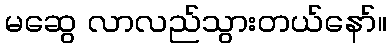
မဆွေ လာလည်သွားတယ်နော်။